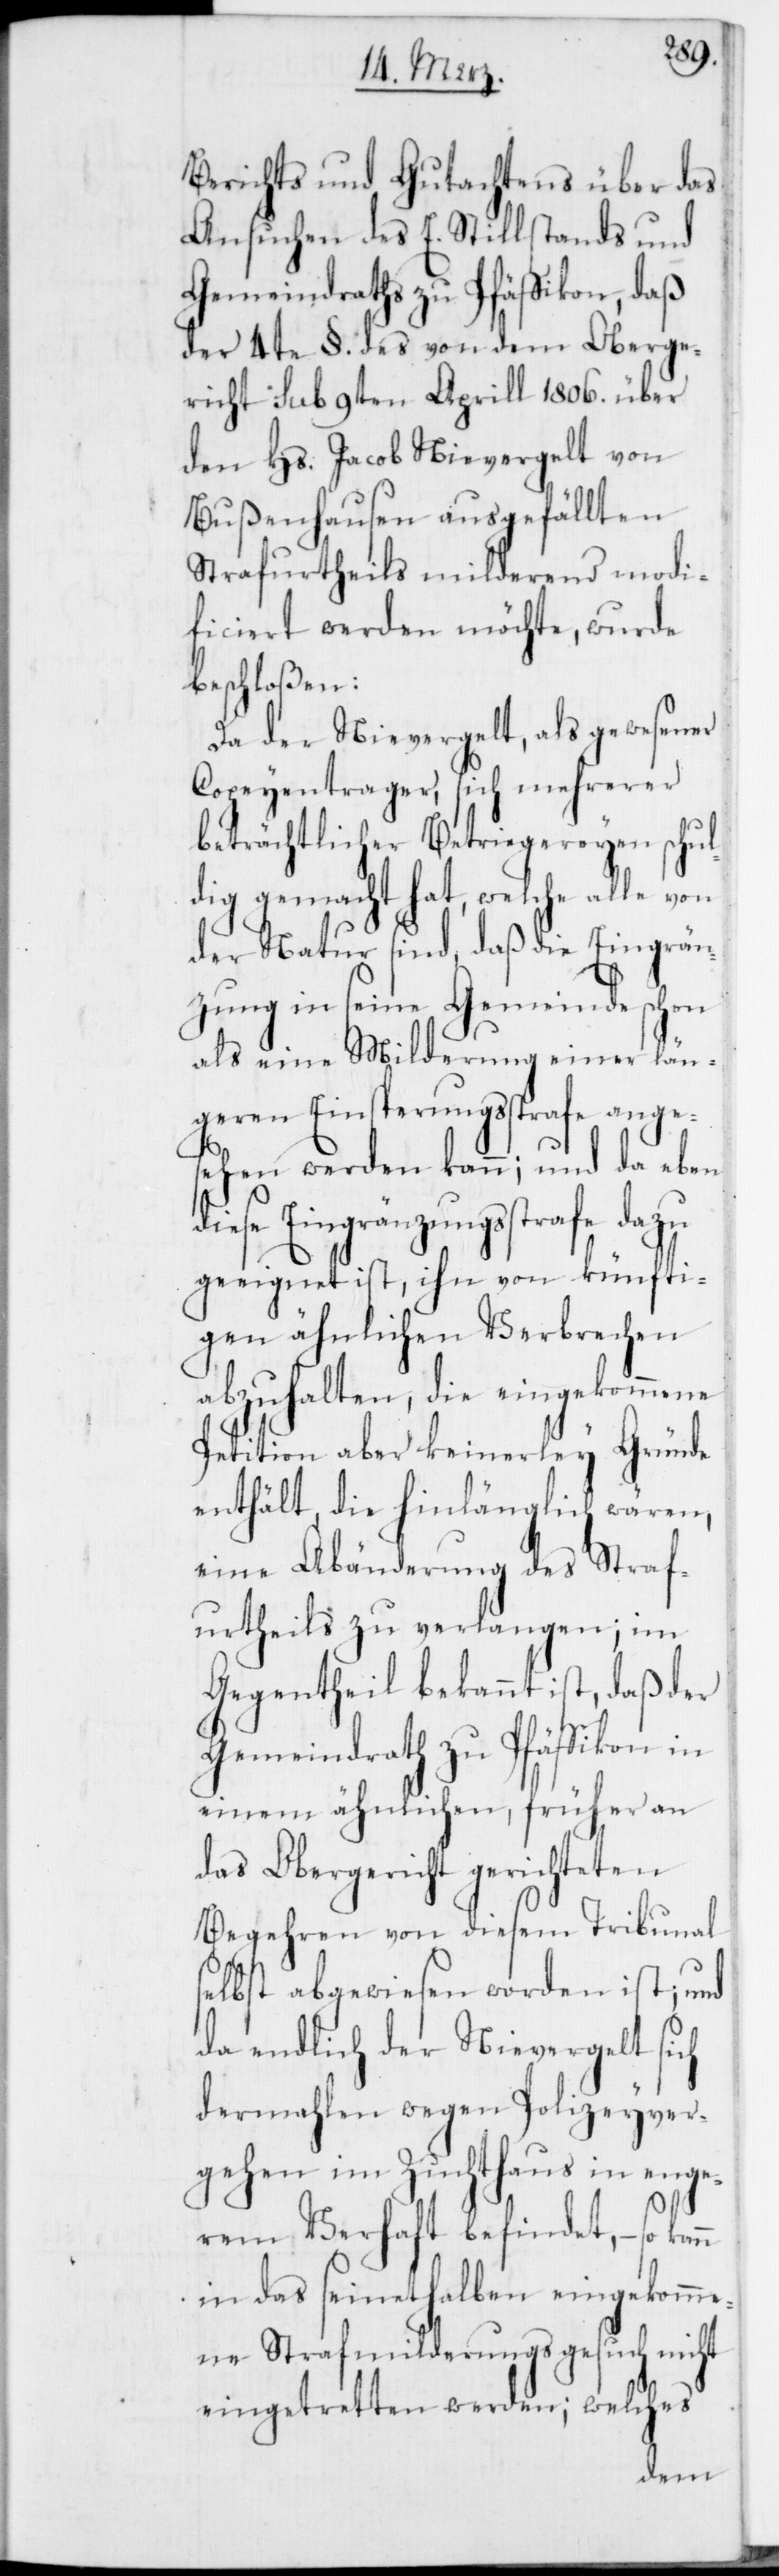
Berichts und Gutachtens über das
Ansuchen des E. Stillstands und
Gemeindraths zu Pfäffikon, daß
der 4te §. des von dem Oberge¬
richt sub 9ten Aprill 1806. über
den Hs. Jacob Nievergelt von
Bußenhausen ausgefällten
Strafurtheils milderend modi¬
ficiert werden möchte, wurde
beschloßen:
Da der Nievergelt, als gewesener
Copeyentrager, sich mehrerer
beträchtlicher Betriegereyen schul¬
dig gemacht hat, welche alle von
der Natur sind, daß die Eingrän¬
zung in seine Gemeinde schon
als eine Milderung einer län¬
geren Einsperungsstrafe ange¬
sehen werden kann; und da eben
diese Eingränzungsstrafe dazu
geeignet ist, ihn von künfti¬
gen ähnlichen Verbrechen
abzuhalten, die eingekommene
Petition aber keinerley Gründe
enthält, die hinlänglich wären,
eine Abänderung des Straf¬
urtheils zu verlangen; im
Gegentheil bekannt ist, daß der
Gemeindrath zu Pfäffikon in
einem ähnlichen, früher an
das Obergericht gerichteten
Begehren von diesem Tribunal
selbst abgewiesen worden ist; und
da endlich der Nievergelt sich
dermahlen wegen Polizeyver¬
gehen im Zuchthaus in enge¬
rem Verhaft befindet, – so
in das seinethalben eingekomme¬
ne Strafmilderungsgesuch nicht
eingetretten werden; welches